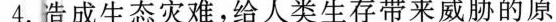
4.造成生态灾难，给人类生存带来威胁的原